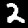
Digit: 2